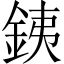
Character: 銕